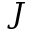
J